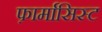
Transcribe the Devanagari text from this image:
फ़ार्मासिस्ट